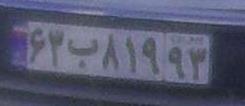
۶۳ب۱۸۹۹۳